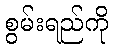
စွမ်းရည်ကို